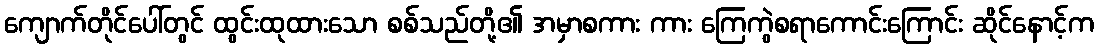
ကျောက်တိုင်ပေါ်တွင် ထွင်းထုထားသော စစ်သည်တို့၏ အမှာစကား ကား ကြေကွဲစရာကောင်းကြောင်း ဆိုင်နောင့်က